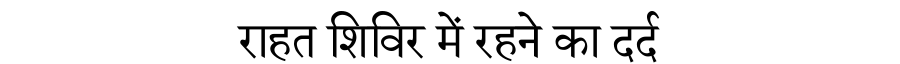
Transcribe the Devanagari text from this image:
राहत शिविर में रहने का दर्द